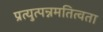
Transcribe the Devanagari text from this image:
प्रत्युत्पन्नमतित्वता